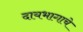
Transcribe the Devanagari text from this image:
दायभागाचे